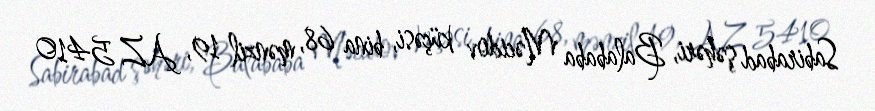
Sabirabad şəhəri, Balababa Məcidov küçəsi, bina 68, mənzil 19, AZ 5410